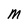
Character: M